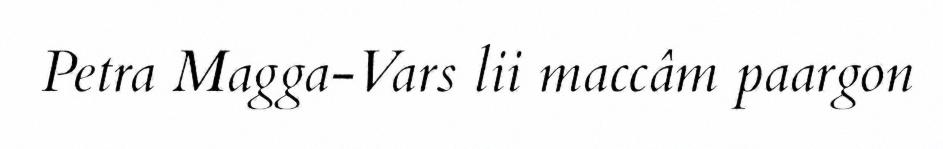
Petra Magga-Vars lii maccâm paargon